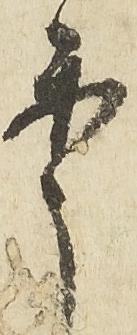
年